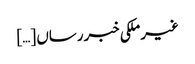
غیرملکی خبررساں […]